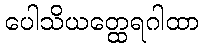
ပေါသိယတ္ထေရဂါထာ